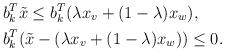
LaTeX: \begin{align*} & b_k^T\Tilde{x}\le b_k^T(\lambda x_v + (1-\lambda)x_w),\\ &b_k^T(\Tilde{x}-(\lambda x_v + (1-\lambda)x_w))\le0. \end{align*}